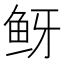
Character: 𬶅